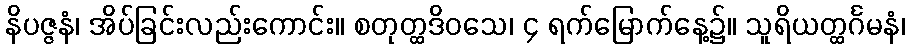
နိပဇ္ဇနံ၊ အိပ်ခြင်းလည်းကောင်း။ စတုတ္ထဒိဝသေ၊ ၄ ရက်မြောက်နေ့၌။ သူရိယတ္ထင်္ဂမနံ၊